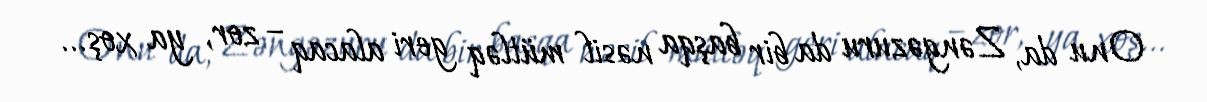
Onu da, Zəngəzuru da bir başqa nəsil mütləq geri alacaq – zor, ya xoş...